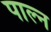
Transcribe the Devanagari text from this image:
पाल्न